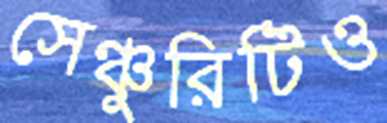
সেঞ্চুরিটিও